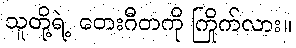
သူတို့ရဲ့ တေးဂီတကို ကြိုက်လား။